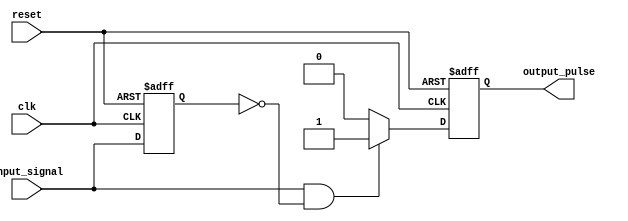
module positive_edge_detector (
    input wire clk,              // Clock signal
    input wire reset,            // Asynchronous reset signal
    input wire input_signal,     // Input signal to detect edges
    output reg output_pulse      // Output pulse indicating positive edge
);

    reg prev_state;              // Register to hold the previous state of the input signal

    // Always block to handle the edge detection and state update
    always @(posedge clk or posedge reset) begin
        if (reset) begin
            prev_state <= 1'b0;  // Reset previous state to 0
            output_pulse <= 1'b0; // Reset output pulse to 0
        end else begin
            // Detect positive edge
            if (input_signal == 1'b1 && prev_state == 1'b0) begin
                output_pulse <= 1'b1; // Generate pulse on positive edge
            end else begin
                output_pulse <= 1'b0;  // Clear pulse otherwise
            end
            prev_state <= input_signal; // Update previous state
        end
    end

endmodule